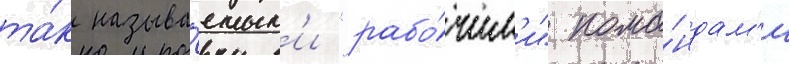
та́к называ́емым'и "рабо́чим'и" кома́ндам'и